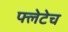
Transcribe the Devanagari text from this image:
फ्लेटेच